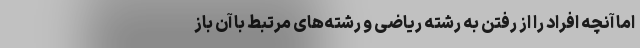
اما آنچه افراد را از رفتن به رشته ریاضی و رشته‌های مرتبط با آن باز